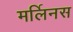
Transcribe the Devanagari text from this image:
मर्लिनस